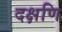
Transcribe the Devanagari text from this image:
दक्षणि